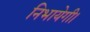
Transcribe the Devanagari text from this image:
निभायेगी।